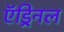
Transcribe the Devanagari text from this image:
ऍड्रिनल